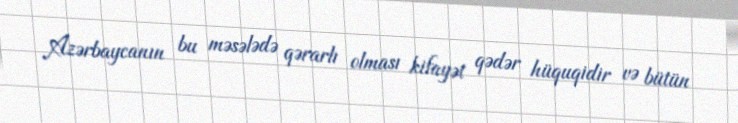
Azərbaycanın bu məsələdə qərarlı olması kifayət qədər hüquqidir və bütün